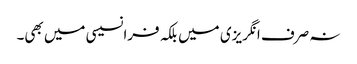
نہ صرف انگریزی میں بلکہ فرانسیسی میں بھی۔